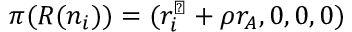
\pi ( R ( n _ { i } ) ) = ( r _ { i } ^ { \perp } + \rho r _ { A } , 0 , 0 , 0 )